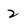
Character: 2